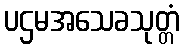
ပဌမအသေခသုတ္တံ